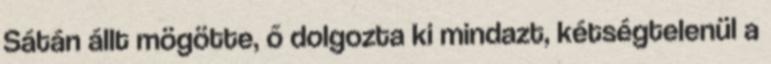
Sátán állt mögötte, ő dolgozta ki mindazt, kétségtelenül a